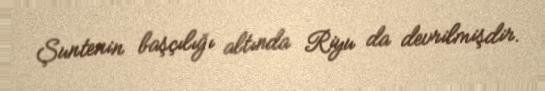
Şuntenin başçılığı altında Riyu da devrilmişdir.